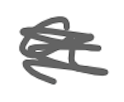
Text: a
Cross-out: scratch
Writing tool: digital_gray